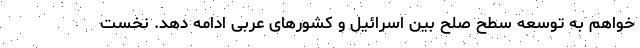
‌خواهم به توسعه سطح صلح بین اسرائیل و کشورهای عربی ادامه دهد. نخست